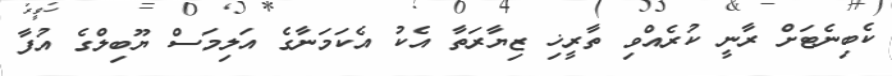
ކެބިނެޓަށް ރާނީ ކުރެއްވި ތާރީޚި ޒިޔާރަތާ އެކު އެކަމަނާގެ އަލިމަސް ޔޫބިލްގެ އުފާ